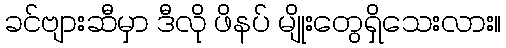
ခင်ဗျားဆီမှာ ဒီလို ဖိနပ် မျိုးတွေရှိသေးလား။